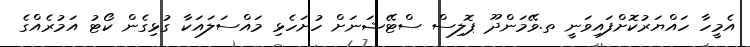
އެމީހާ ހައްޔަރުކޮށްފައިވަނީ ތ.ވޭމަންދޫ ޕޮލިސް ސްޓޭޝަނަށް ހުށަހެޅި މައްސަލައަކާ ގުޅިގެން ކޯޓު އަމުރެއްގެ